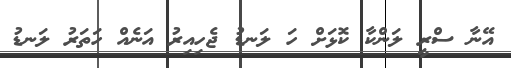
އޭނާ ސްރީ ލަންކާ ކޮޅަށް ހަ ލަނޑު ޖެހިއިރު އަނެއް ހަތަރު ލަނޑު